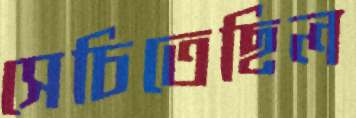
সেচিতেছিল